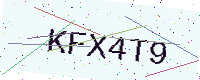
Text: KFX4T9